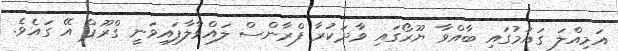
އަމިއްލަ ގައުމުގައި ބާއްވާ ޔޫރޯގައި ވާދަކުރާ ފްރާންސް ލައްވާލާފައިވަނީ ގްރޫޕް އޭ ގައެވެ.